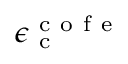
\epsilon _ { \mathrm { ~ c ~ } } ^ { \mathrm { ~ c ~ o ~ f ~ e ~ } }